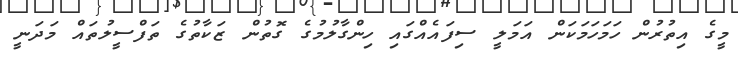
މީގެ އިތުރުން ހަމަހަމަކަން އަމަލީ ސިފައެއްގައި ހިންގާލުމުގެ ގޮތުން ޒަކާތުގެ ތަފްސީލުތައް މަދަނީ